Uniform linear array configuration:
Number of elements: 8
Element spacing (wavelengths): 0.75
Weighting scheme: binomial
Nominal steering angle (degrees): -15
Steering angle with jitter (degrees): -16.508
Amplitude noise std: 0.05
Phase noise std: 0.05

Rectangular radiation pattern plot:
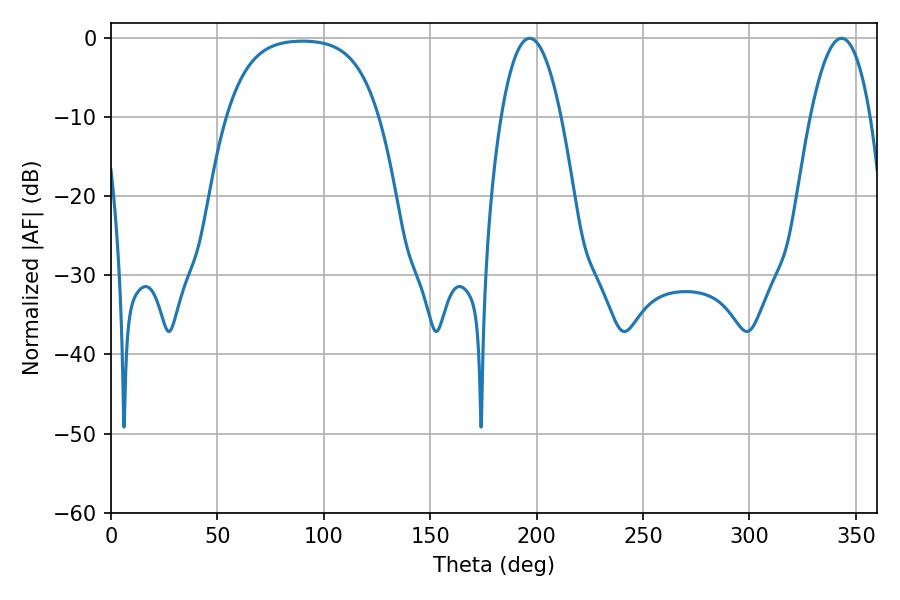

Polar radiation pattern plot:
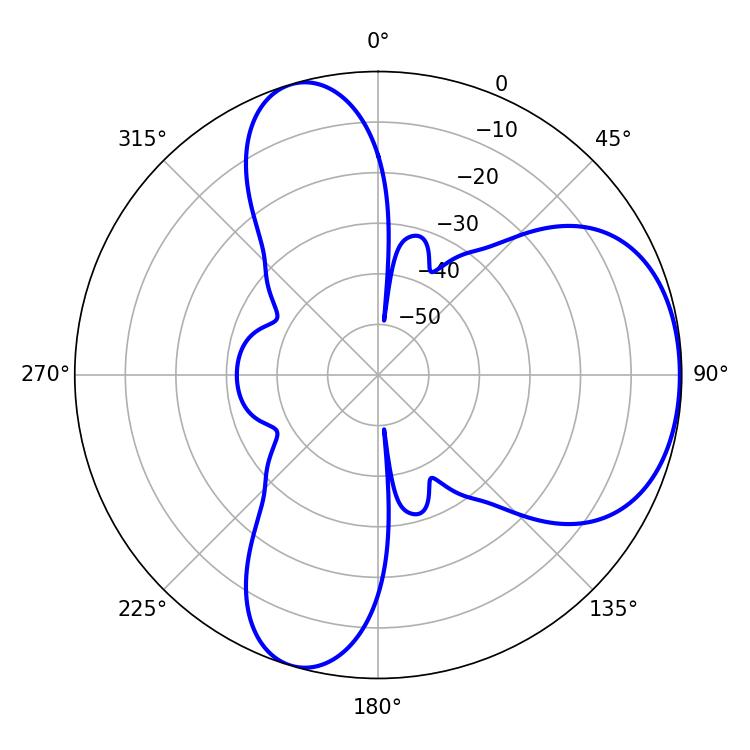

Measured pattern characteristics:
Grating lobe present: TRUE
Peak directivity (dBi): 5.324
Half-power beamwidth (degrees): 15.48
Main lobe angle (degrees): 196.74